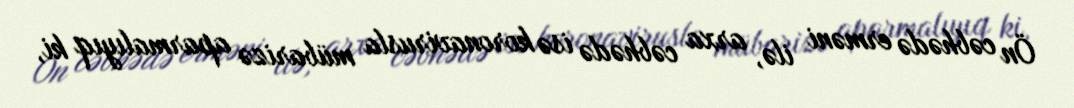
Ön cəbhədə erməni ilə, arxa cəbhədə isə koronavirusla mübarizə aparmalıyıq ki,